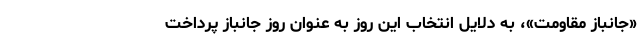
«جانباز مقاومت»، به دلایل انتخاب این روز به عنوان روز جانباز پرداخت